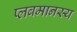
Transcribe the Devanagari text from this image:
प्लवमानस्य